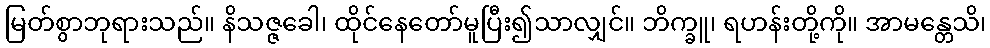
မြတ်စွာဘုရားသည်။ နိသဇ္ဇခေါ၊ ထိုင်နေတော်မူပြီး၍သာလျှင်။ ဘိက္ခူ၊ ရဟန်းတို့ကို။ အာမန္တေသိ၊